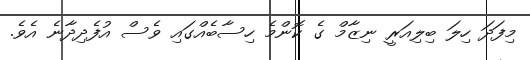
މިފަދަ ހިލަ ބިލިއަރީ ނިޒާމް ގެ ކޮންމެ ހިސާބެއްގައި ވެސް އުފެދިދާނެ އެވެ.